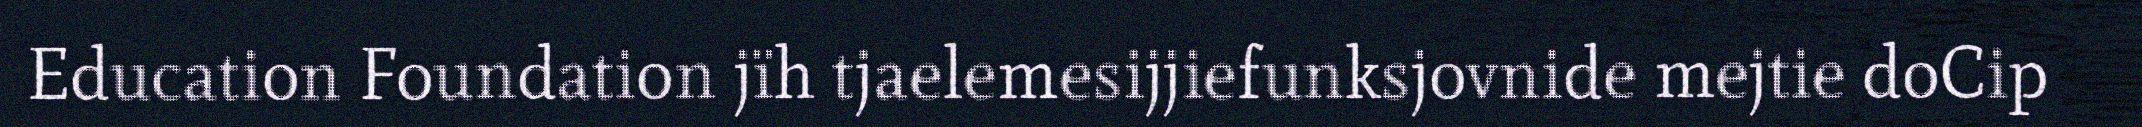
Education Foundation jïh tjaelemesijjiefunksjovnide mejtie doCip